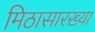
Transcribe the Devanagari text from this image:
मिठासारख्या